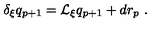
\delta _ { \xi } q _ { p + 1 } = \mathcal { L } _ { \xi } q _ { p + 1 } + d r _ { p } \ .